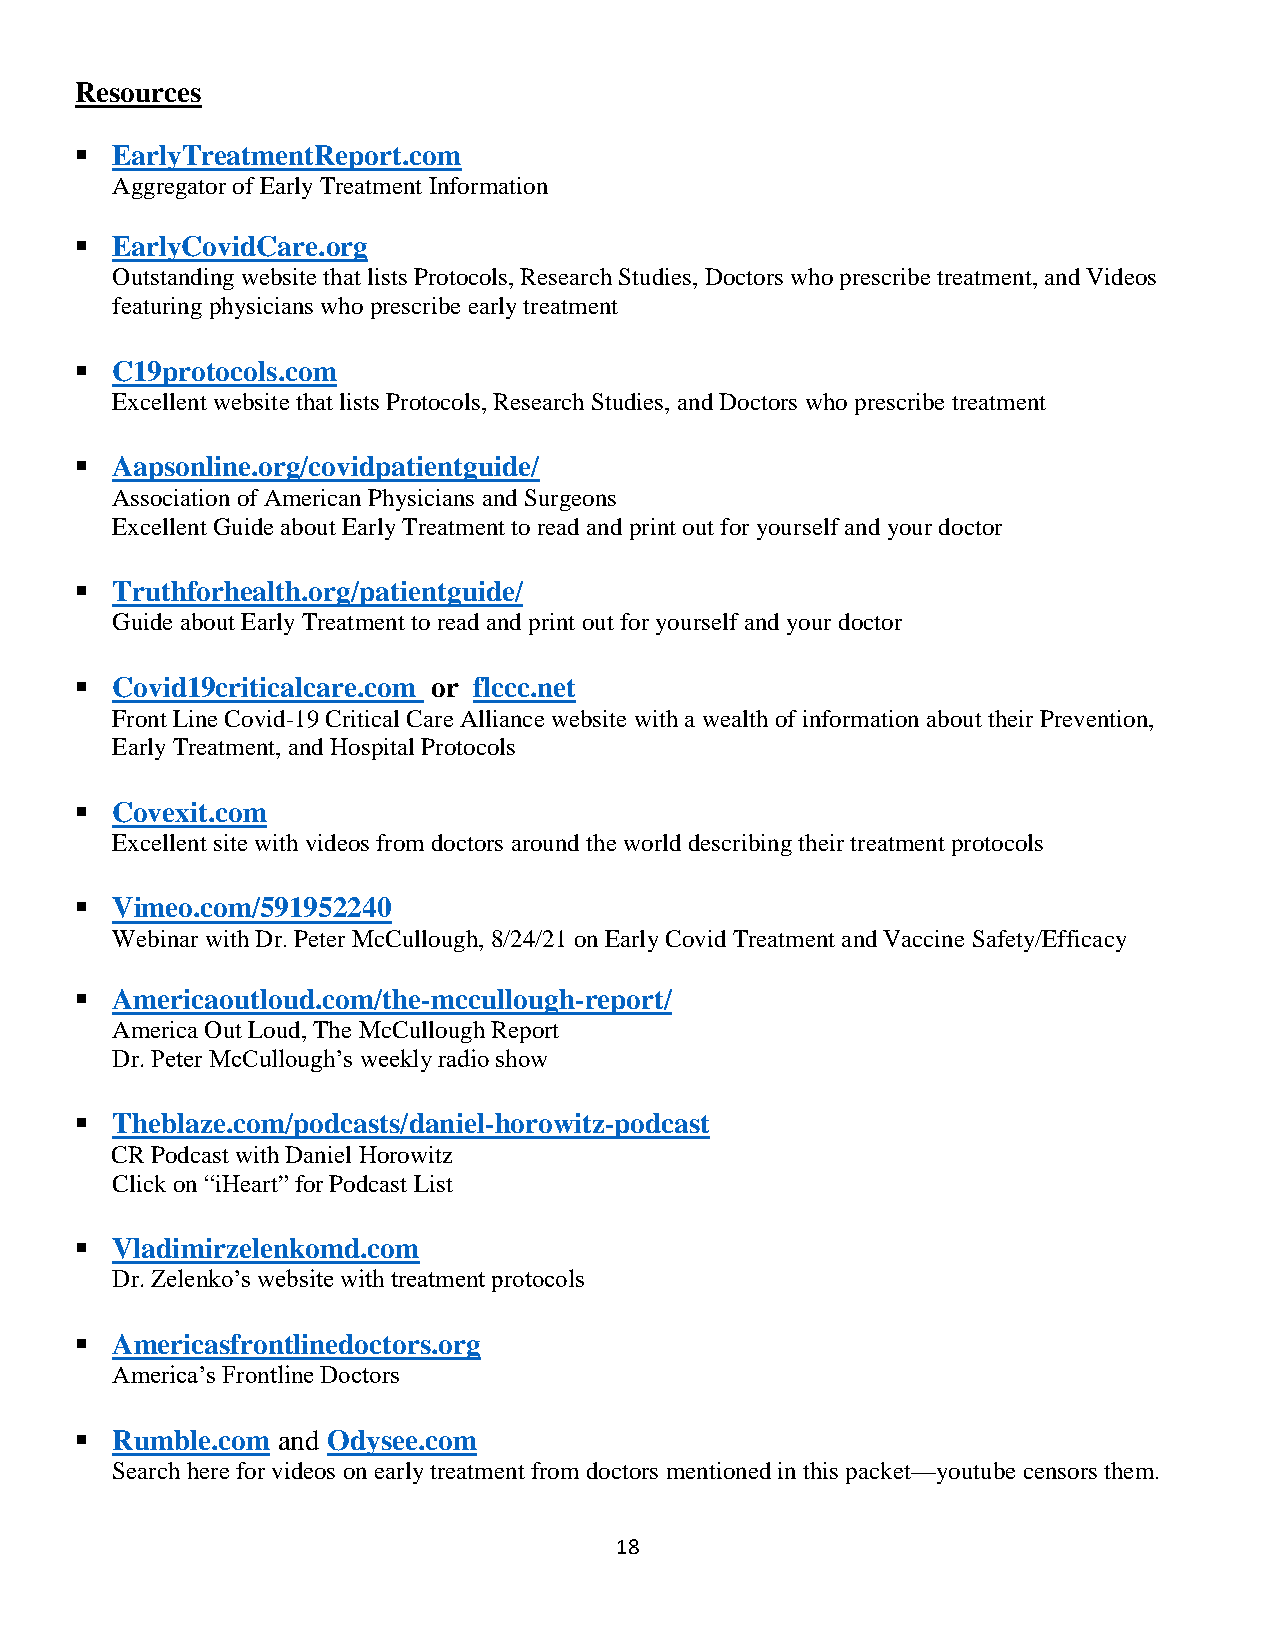
Resources
 ▪ EarlyTreatmentReport.com
 Aggregator of Early Treatment Information
 ▪ EarlyCovidCare.org
 Outstanding website that lists Protocols, Research Studies, Doctors who prescribe treatment, and Videos
 featuring physicians who prescribe early treatment
 ▪ C19protocols.com
 Excellent website that lists Protocols, Research Studies, and Doctors who prescribe treatment
 ▪ Aapsonline.org/covidpatientguide/
 Association of American Physicians and Surgeons
 Excellent Guide about Early Treatment to read and print out for yourself and your doctor
 ▪ Truthforhealth.org/patientguide/
 Guide about Early Treatment to read and print out for yourself and your doctor
 ▪ Covid19criticalcare.com or flccc.net
 Front Line Covid-19 Critical Care Alliance website with a wealth of information about their Prevention,
 Early Treatment, and Hospital Protocols
 ▪ Covexit.com
 Excellent site with videos from doctors around the world describing their treatment protocols
 ▪ Vimeo.com/591952240
 Webinar with Dr. Peter McCullough, 8/24/21 on Early Covid Treatment and Vaccine Safety/Efficacy
 ▪ Americaoutloud.com/the-mccullough-report/
 America Out Loud, The McCullough Report
 Dr. Peter McCullough’s weekly radio show
 ▪ Theblaze.com/podcasts/daniel-horowitz-podcast
 CR Podcast with Daniel Horowitz
 Click on “iHeart” for Podcast List
 ▪ Vladimirzelenkomd.com
 Dr. Zelenko’s website with treatment protocols
 ▪ Americasfrontlinedoctors.org
 America’s Frontline Doctors
 ▪ Rumble.com and Odysee.com
 Search here for videos on early treatment from doctors mentioned in this packet—youtube censors them.
 18